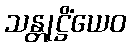
သန္တုဋ္ဌိံယေဝ